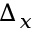
\Delta _ { x }